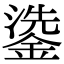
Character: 鍌